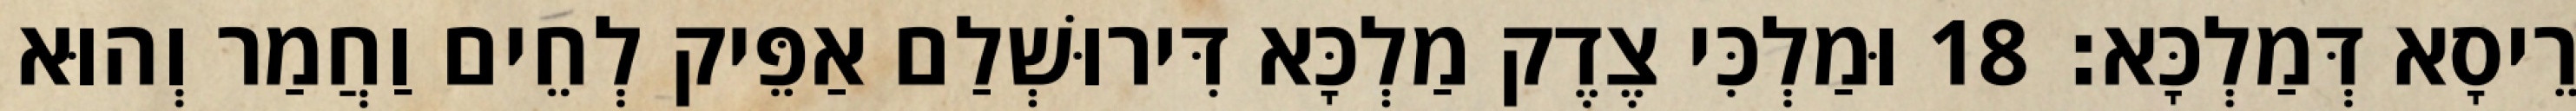
רֵיסָא דְּמַלְכָּא׃ 18 וּמַלְכִּי צֶדֶק מַלְכָּא דִּירוּשְׁלַם אַפֵּיק לְחֵים וַחֲמַר וְהוּא